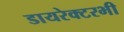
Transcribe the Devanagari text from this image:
डायरेक्टरभी